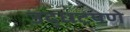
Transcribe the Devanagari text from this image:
उद्धटपणे